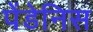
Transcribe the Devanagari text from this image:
पेंडेनिस